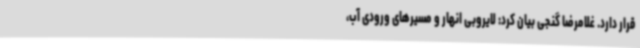
قرار دارد. غلامرضا گنجی بیان کرد: لایروبی انهار و مسیرهای ورودی آب،